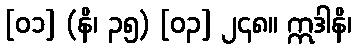
[၀၁] (နိ၊ ၃၅) [၀၃] ၂၄၈။ ဣဒါနိ၊